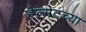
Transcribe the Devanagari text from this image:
हेल्मेटच्या